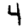
Digit: 4